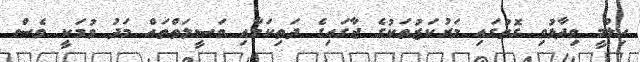
ހިލްމީ ވިދާޅުވި ގޮތުގައި މަރުކަޒުތަކުގެ ޖާގައިގެ ދަތިކަމާއި ވަސީލަތްތައް މަދު ވުމަކީ ވެސް